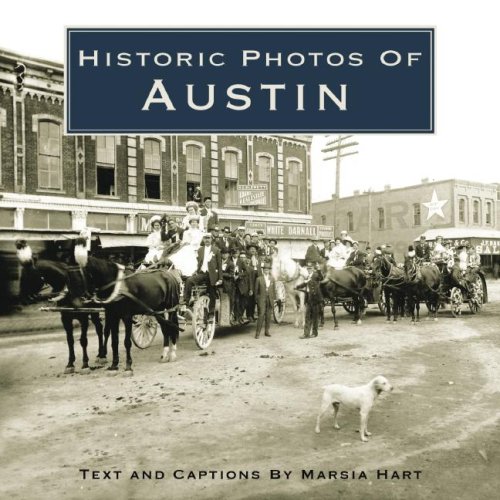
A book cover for Historic Photos of Austin; Marsia Hart Reese; Travel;